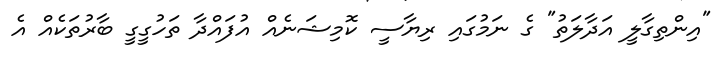
"އިންތިގާލީ އަދާލަތު" ގެ ނަމުގައި ރިޔާސީ ކޮމިޝަނެއް އުފައްދާ ތަހުގީގީ ބާރުތަކެއް އެ